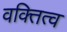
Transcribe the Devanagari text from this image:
वक्तित्व